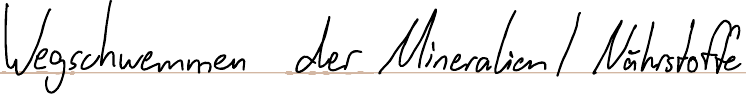
Wegschwemmen der Mineralien / Nährstoffe